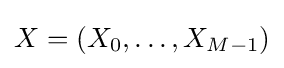
X=(X_{0},\ldots ,X_{M-1})